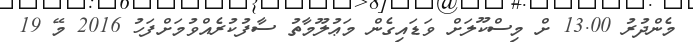
މެންދުރު 13.00 ށް މިސްކޫލަށް ވަޑައިގެން މަޢުލޫމާތު ސާފުކުރެއްވުމަށްފަހު 2016 މޭ 19